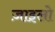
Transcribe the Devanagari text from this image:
ज़ाइलो